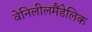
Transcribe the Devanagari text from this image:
वेनिलीलमैंडेलिक